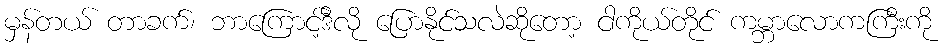
မှန်တယ် တာခက်၊ ဘာကြောင့်ဒီလို ပြောနိုင်သလဲဆိုတော့ ငါကိုယ်တိုင် ကမ္ဘာလောကကြီးကို